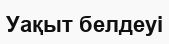
Уақыт белдеуі